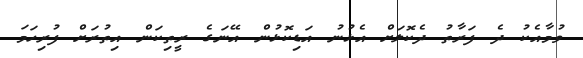
ވުމާއެކު ދެ ފަރާތު ދެކޮލަށް އެޅުނު އަޑިކޮޅުން އޭނަގެ ރީތިކަން އިތުރަށް ފުރިހަމަ